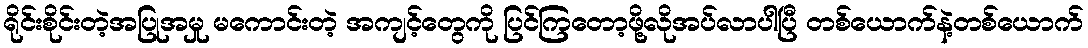
ရိုင်းစိုင်းတဲ့အပြုအမှု မကောင်းတဲ့ အကျင့်တွေကို ပြင်ကြတော့ဖို့လိုအပ်လာပါပြီ တစ်ယောက်နဲ့တစ်ယောက်